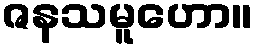
ဇနသမူဟော။